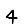
Digit: 4